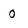
Character: 0